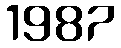
1987